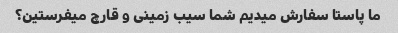
ما پاستا سفارش میدیم شما سیب زمینی و قارچ میفرستین؟